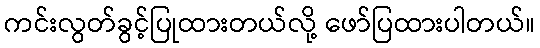
ကင်းလွတ်ခွင့်ပြုထားတယ်လို့ ဖော်ပြထားပါတယ်။